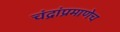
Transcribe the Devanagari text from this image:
चंद्रांप्रमाणेच